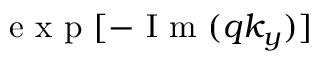
\mathrm { ~ e ~ x ~ p ~ } [ - \mathrm { ~ I ~ m ~ } ( q k _ { y } ) ]